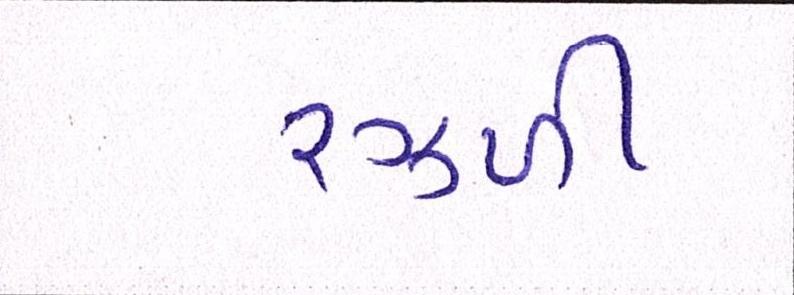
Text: રઝ્ળી